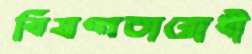
বিষণ্নতারোধী